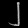
Digit: ၂